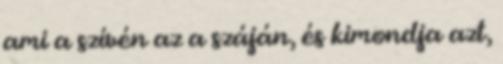
ami a szívén az a száján, és kimondja azt,